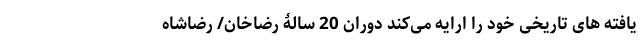
یافته های تاریخی خود را ارایه می‌کند دوران 20 سالۀ رضاخان/ رضاشاه